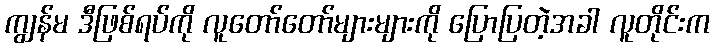
ကျွန်မ ဒီဖြစ်ရပ်ကို လူတော်တော်များများကို ပြောပြတဲ့အခါ လူတိုင်းက